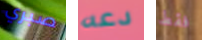
صبري دعه فقط